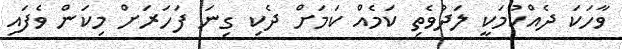
ވާހަކަ ދެއްކުމަކީ ލަދުވެތި ކަމެއް ކަމަށް ދެކި ގިނަ ފަހަރަށް މިކަން ވެފައި